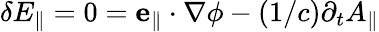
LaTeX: \delta E_{\parallel}=0=\mathbf{e}_{\parallel}\cdot\nabla\phi-(1/c)\partial_{t}A_{\parallel}